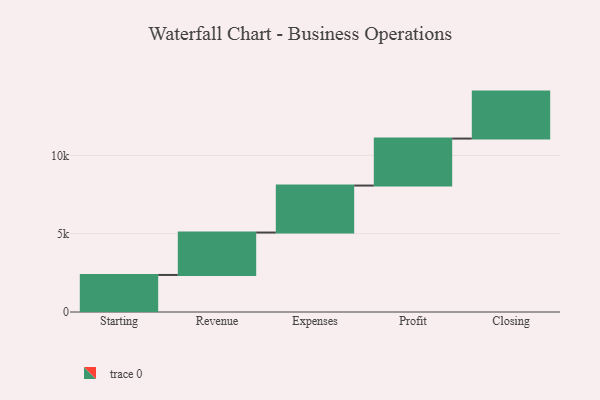
{"axis": {"x": "Step", "y": "Value"}, "legend": [""], "data": [{"x": "Starting", "y": 2366.0, "type": ""}, {"x": "Revenue", "y": 2709.0, "type": ""}, {"x": "Expenses", "y": 3000, "type": ""}, {"x": "Profit", "y": 3000, "type": ""}, {"x": "Closing", "y": 3000, "type": ""}]}